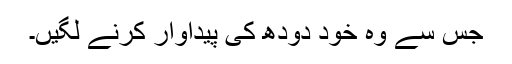
جس سے وہ خود دودھ کی پیداوار کرنے لگیں۔